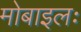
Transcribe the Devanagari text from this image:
मोबाइलः